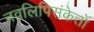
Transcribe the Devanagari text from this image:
नवलिपिसंकेतों